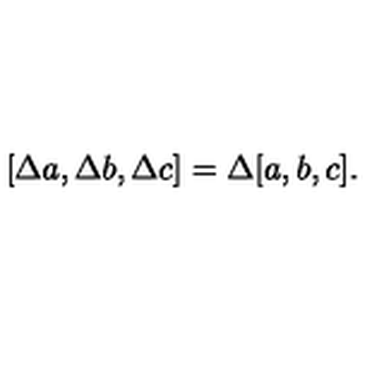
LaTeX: \lbrack \Delta a , \Delta b , \Delta c ] = \Delta [ a , b , c ] .